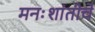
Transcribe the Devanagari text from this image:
मनःशांतीचे